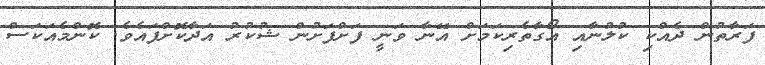
ފަރާތުން ދެއްކި ކުލުނާއި އޯގާތެރިކަމަށް އޭނާ ވަނީ ފަށްފަށުން ޝުކުރު އަދާކޮށްފައެވެ. ކޮންމެއަކަސް